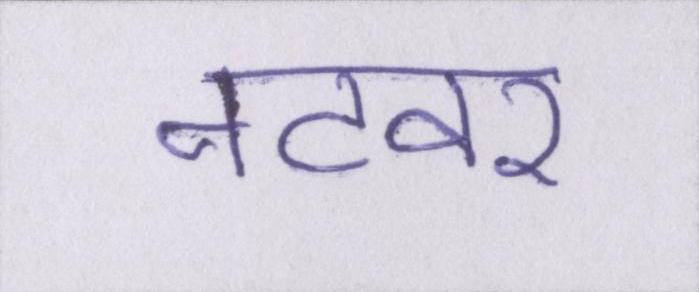
नटवर